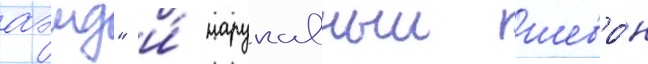
аэмд" и́ нарукавныи шевро́н